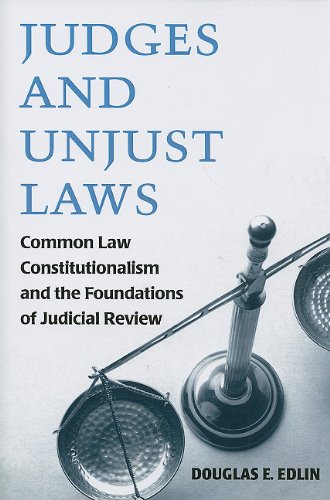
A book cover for Judges and Unjust Laws: Common Law Constitutionalism and the Foundations of Judicial Review; Douglas E. Edlin; Law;